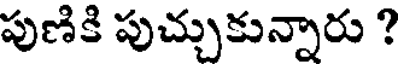
పుణికి పుచ్చుకున్నారు ?